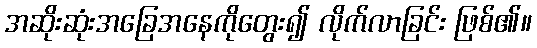
အဆိုးဆုံးအခြေအနေကိုတွေး၍ လိုက်လာခြင်း ဖြစ်၏။